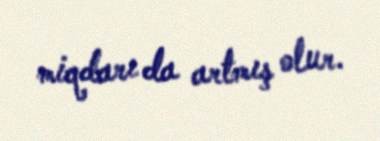
miqdarı da artmış olur.